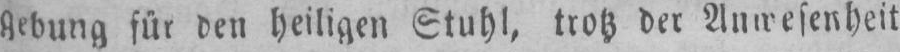
für den heiligen Stuhl, trotz der Anwesenheit